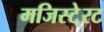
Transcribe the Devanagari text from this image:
मजिस्टे्रट